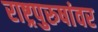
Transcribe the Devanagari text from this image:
राष्ट्रपुरुषांवर